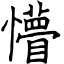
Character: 懵